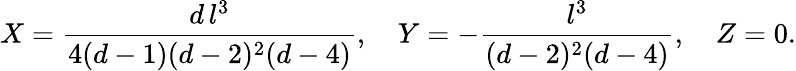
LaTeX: X={\frac{d\, l^{3}}{4(d-1)(d-2)^{2}(d-4)}},\quad Y=-{\frac{l^{3}}{(d-2)^{2}(d-4)}},\quad Z=0.